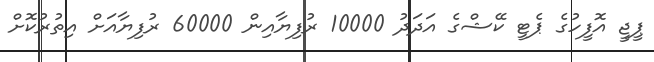
ޕީޖީ އޮފީހުގެ ޕެޓީ ކޭޝްގެ އަދަދު 10000 ރުފިޔާއިން 60000 ރުފިޔާއަށް އިތުރުކޮށް